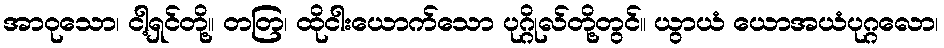
အာဝုသော၊ ငါ့ရှင်တို့။ တတြ၊ ထိုငါးယောက်သော ပုဂ္ဂိုလ်တို့တွင်။ ယွာယံ ယောအယံပုဂ္ဂလော၊